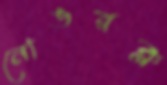
নোঙরক্ল